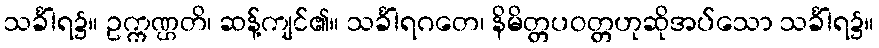
သင်္ခါရ၌။ ဥက္ကဏ္ဌတိ၊ ဆန့်ကျင်၏။ သင်္ခါရဂတေ၊ နိမိတ္တပဝတ္တဟုဆိုအပ်သော သင်္ခါရ၌။